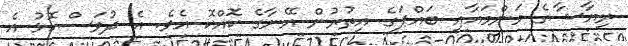
ރިޔާޝާގެ މަންމައާއި ބައްޕަގެ އިތުރުން އޭނާގެ ކޮއްކޮ އެވެ. އެ ދުވަސްކޮޅު އެ